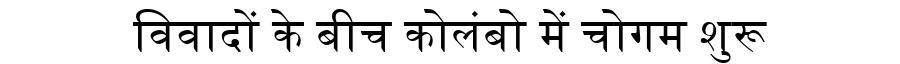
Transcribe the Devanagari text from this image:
विवादों के बीच कोलंबो में चोगम शुरू